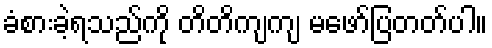
ခံစားခဲ့ရသည်ကို တိတိကျကျ မဖော်ပြတတ်ပါ။